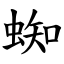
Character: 蜘